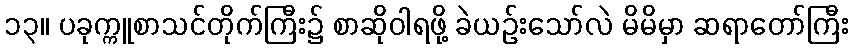
၁၃။ ပခုက္ကူစာသင်တိုက်ကြီး၌ စာဆိုဝါရဖို့ ခဲယဉ်းသော်လဲ မိမိမှာ ဆရာတော်ကြီး